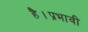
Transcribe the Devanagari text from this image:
है।प्रभावी